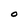
Character: O